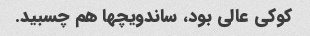
کوکی عالی بود، ساندویچها هم چسبید.